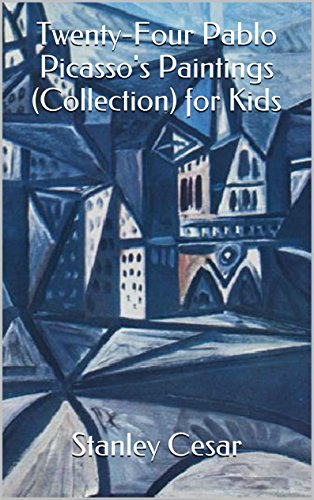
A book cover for Twenty-Four Pablo Picasso's Paintings (Collection) for Kids; Stanley Cesar; Sports & Outdoors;